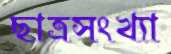
ছাত্রসংখ্যা